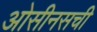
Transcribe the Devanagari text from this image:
ओसीनसची